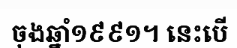
ចុងឆ្នាំ១៩៩១។ នេះបើ